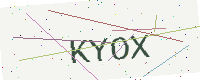
Text: KYOX